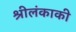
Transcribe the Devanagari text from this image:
श्रीलंकाकी